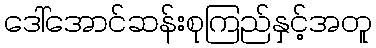
ဒေါ်အောင်ဆန်းစုကြည်နှင့်အတူ